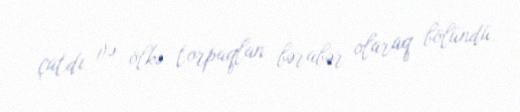
çatdı və ölkə torpaqlan bərabər olaraq bölündü.